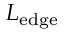
L _ { \mathrm { e d g e } }